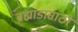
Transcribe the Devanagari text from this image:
ब्रह्मांडासाठी